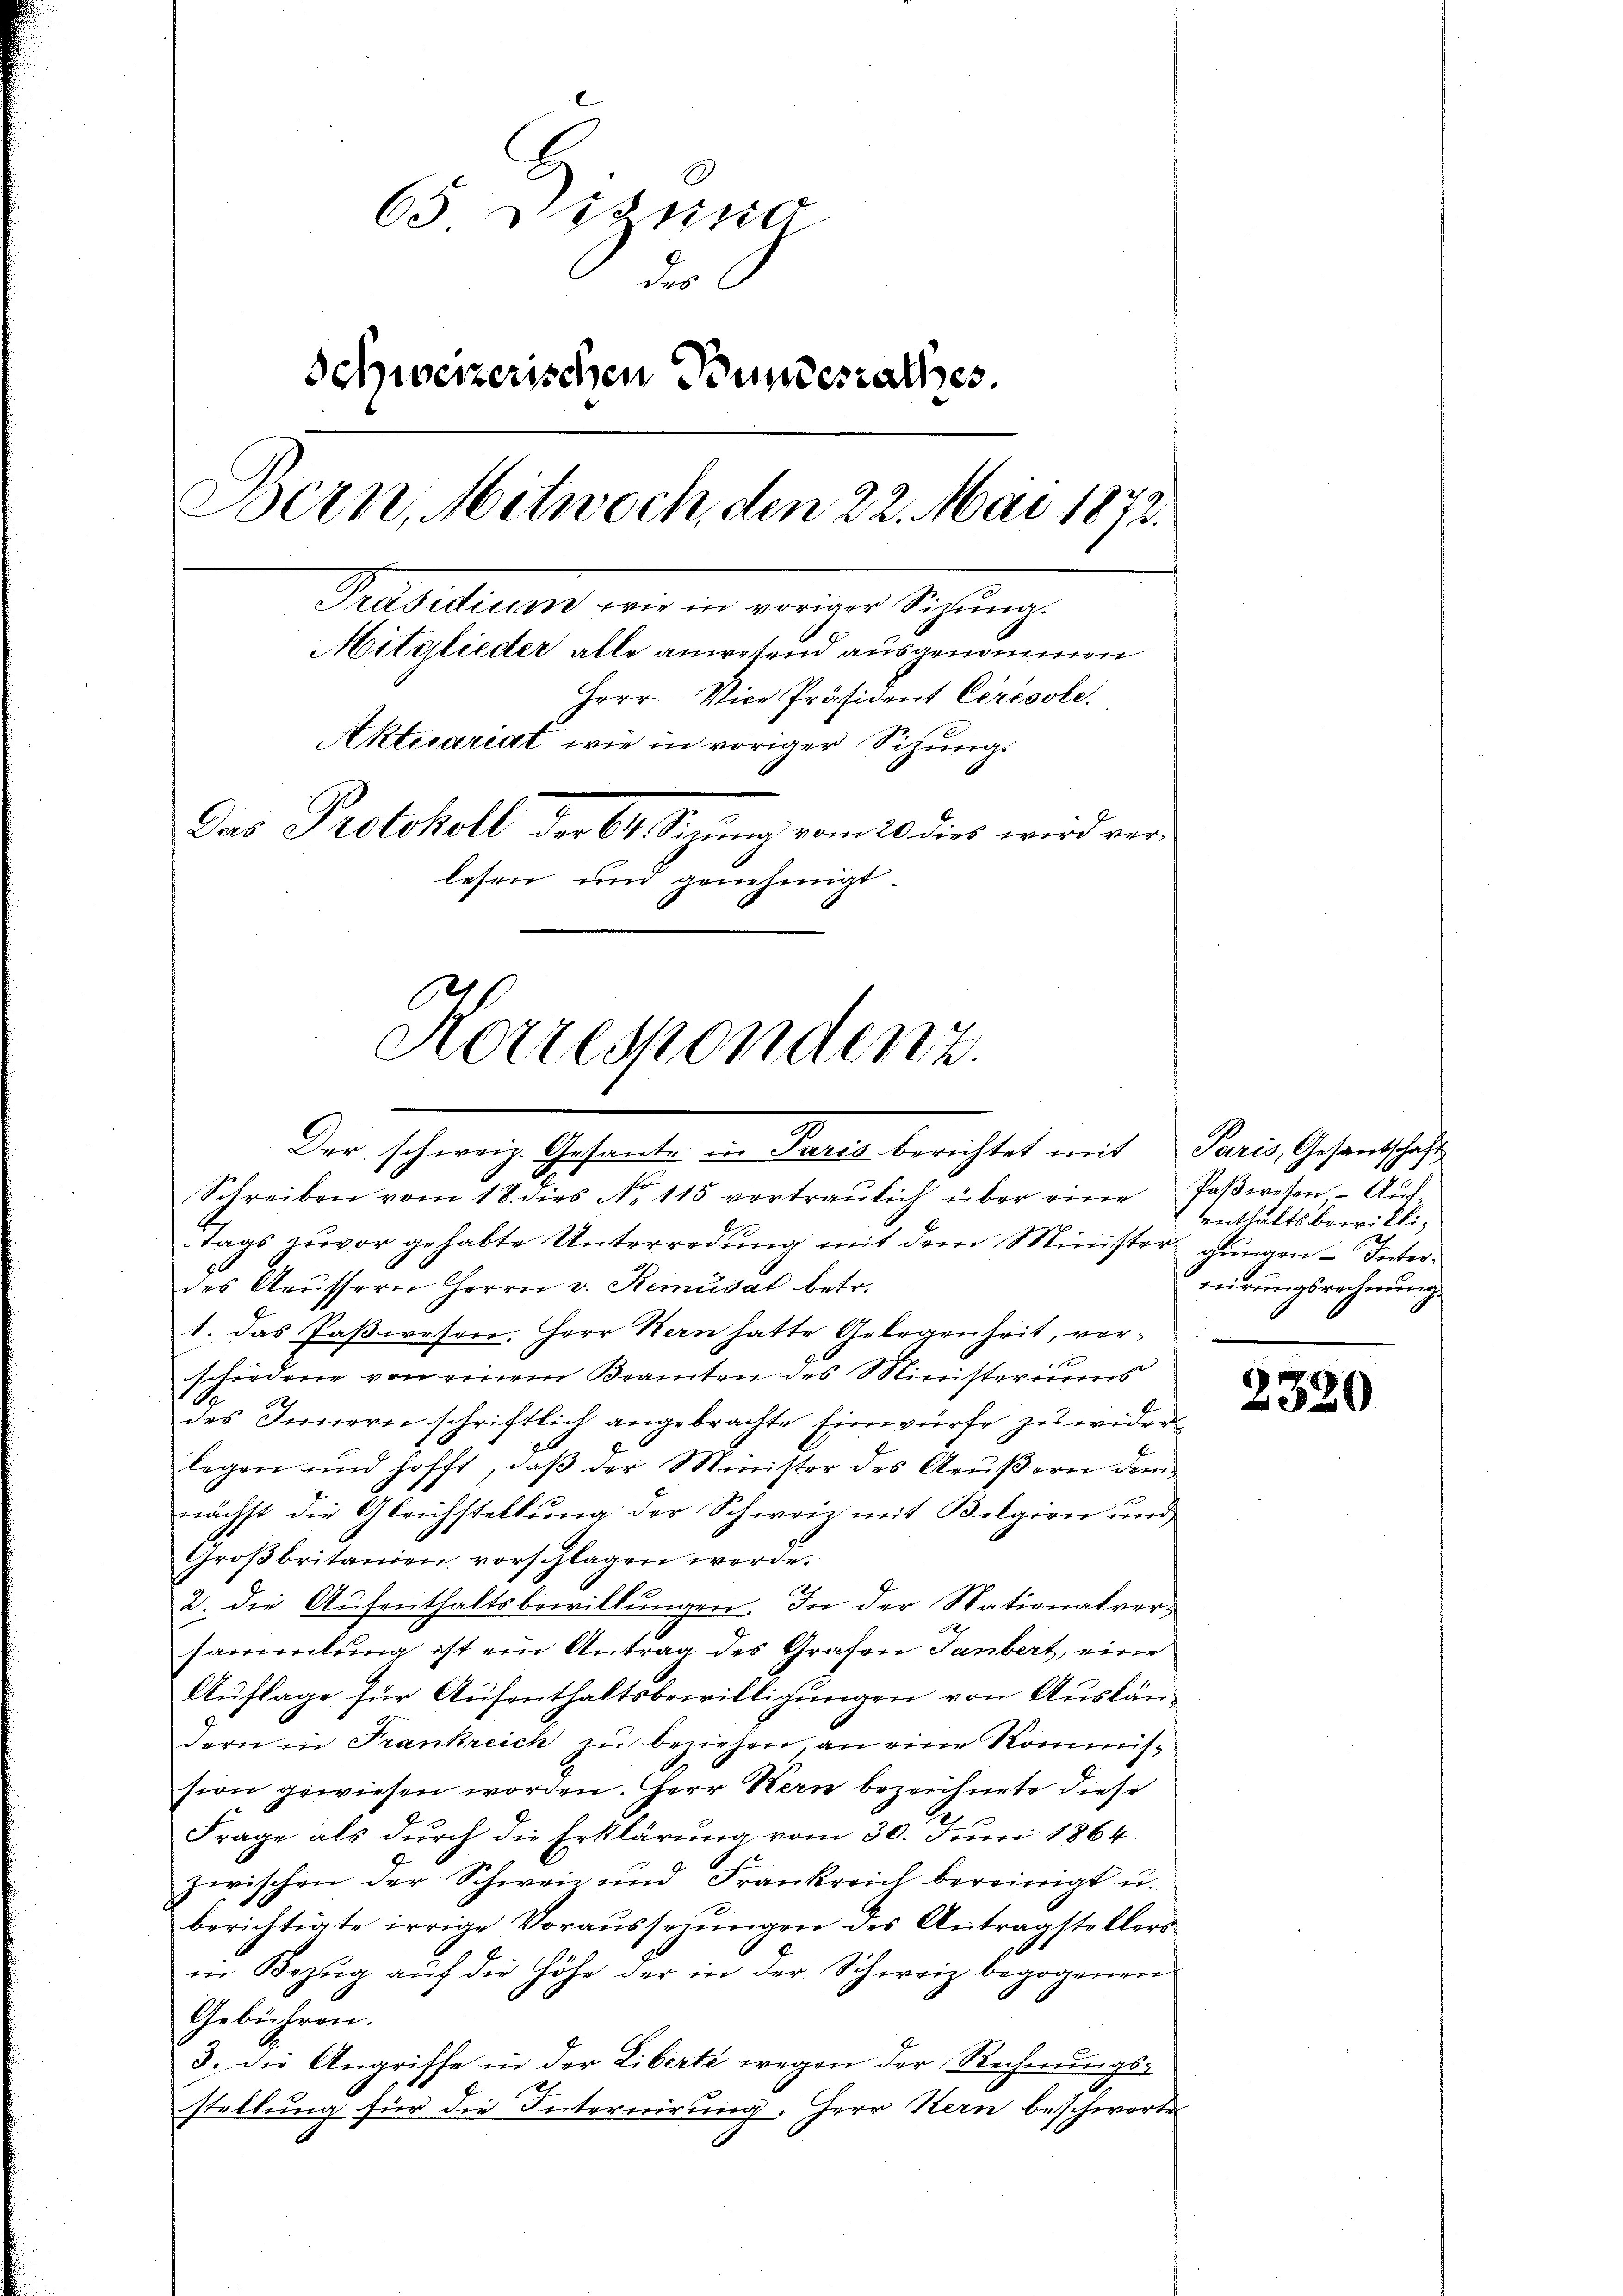
65 Stund
des
Schweizerischen Bundesrathes.
Boern, Mitwoch, den 22. Mai 1872.
Predictum, wie ein voriger Sitzung.
Mitglieder alle anwesend ausgenommen
Herr Vice-Präsident Ceresole.
Aktuariat wie in voriger Sitzung.
Das Protokoll der 64. Sigŭng vom 20. dies wird ver-
lesen und genehmigt.
Korrespondenz.

Der Schweiz Gehende von Seele berechtet mit

Schreiben vom 18. dies No 115 vertraŭlich über eine Paβweten Aŭf
tags zuvor gehabte Unterredung mit dem Minister gingen Interdes Aeussern Herrn v. Remusat betr.
1. Das Paßwesen. Herr Bern hatte Gelegenheit, verschiedene von einem Beamten des Ministeriums
des Innern schriftlich angebrachte Einwürfe zu wider
legen und hofft, daβ der Minister des Aeußern dem
nächst die Gleichstellung der Schweiz mit Belgien und
Groβbritanien vorschlagen werde.
2. die Aufenthaltsbewillŭngen. In der Nationalversammlung ist ein Antrag des Grafen Janbert, eine
Auflage für Aufenthaltsbewilligungen von Ausländern in Frankreich zu beziehen an eine Kommission gewiesen worden. Herr Kern bezeichnete diese
Frage als durch die Erklärung vom 30. Juni 1864
zwischen der Schweiz und Frankreich bereinigt u.
berichtigte irrige Voraŭssezŭngen des Antragstellers
in Bezŭg aŭf die Höhe der in der Schweiz begogenen
Gebühren.
3. die Angriffe in der Liberte wegen der Rechnŭngs-
stellung für die Internirung. Herr Kern beschwerten

Paris, Gesandschaft
enthaltsbewillitierungsrechnung

2320